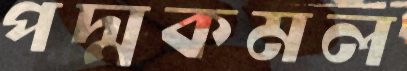
পদ্মকমল